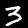
Label: 3